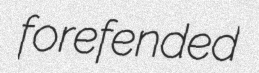
forefended